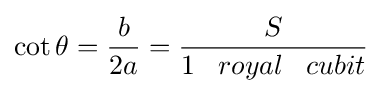
\cot {\theta }={\frac {b}{2a}}={\frac {S}{1\;\;\;royal\;\;\;cubit}}